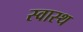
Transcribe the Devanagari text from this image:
स्‍वास्‍थ